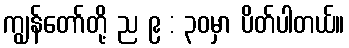
ကျွန်တော်တို့ ည ၉ : ၃၀မှာ ပိတ်ပါတယ်။